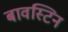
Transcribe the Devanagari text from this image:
बावस्टिन